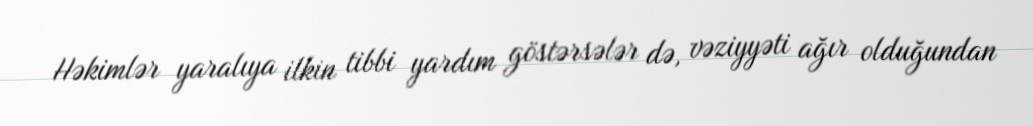
Həkimlər yaralıya ilkin tibbi yardım göstərsələr də, vəziyyəti ağır olduğundan